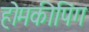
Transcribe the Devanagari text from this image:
होमकीपिंग